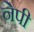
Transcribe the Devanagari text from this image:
नेपी